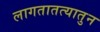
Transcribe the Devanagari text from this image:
लागतातत्यातुन